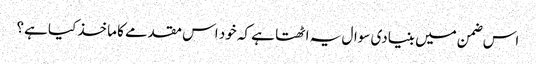
اس ضمن میں بنیادی سوال یہ اٹھتا ہے کہ خود اس مقدمے کا ماخذ کیا ہے؟